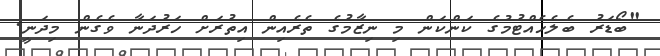
"ބޯޑަރު ބެލެހެއްޓުމުގެ ކަންކަން މި ނިޒާމުގެ ތެރެއިން އިތުރަށް ހަރުދަނާ ވެގެން މިދަނީ.